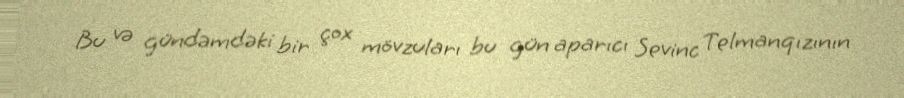
Bu və gündəmdəki bir çox mövzuları bu gün aparıcı Sevinc Telmanqızının